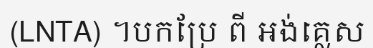
(LNTA) ។បកប្រែ ពី អង់គ្លេស